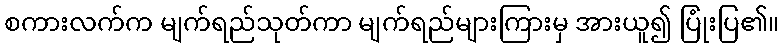
စကားလက်က မျက်ရည်သုတ်ကာ မျက်ရည်များကြားမှ အားယူ၍ ပြုံးပြ၏။